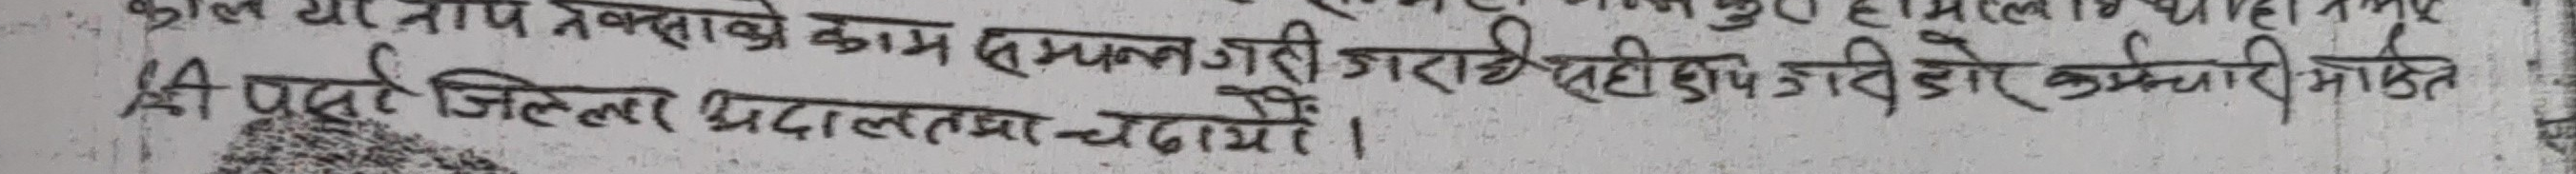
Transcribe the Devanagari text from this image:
श्री पर्व जिल्ला अदालतमा चढायौं ।